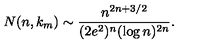
N ( n , k _ { m } ) \sim \frac { n ^ { 2 n + 3 / 2 } } { ( 2 e ^ { 2 } ) ^ { n } ( \log n ) ^ { 2 n } } .